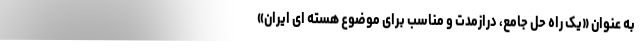
به عنوان «یک راه حل جامع، درازمدت و مناسب برای موضوع هسته ای ایران»